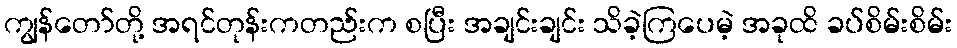
ကျွန်တော်တို့ အရင်တုန်းကတည်းက စပြီး အချင်းချင်း သိခဲ့ကြပေမဲ့ အခုထိ ခပ်စိမ်းစိမ်း